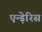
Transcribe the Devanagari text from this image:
एन्ड़ेरिस